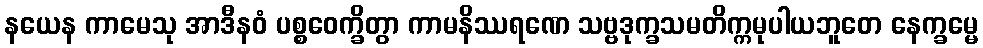
နယေန ကာမေသု အာဒီနဝံ ပစ္စဝေက္ခိတွာ ကာမနိဿရဏေ သဗ္ဗဒုက္ခသမတိက္ကမုပါယဘူတေ နေက္ခမ္မေ